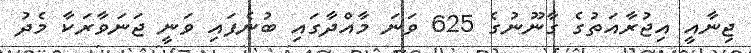
ޖިނާއީ އިޖުރާއަތުގެ ގާނޫނުގެ 625 ވަނަ މާއްދާގައި ބުނެފައި ވަނީ ޖަނަވާރަކާ މެދު